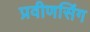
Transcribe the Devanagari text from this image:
प्रवीणसिंग